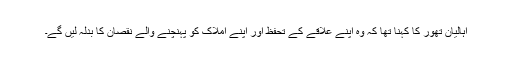
اہالیان تھور کا کہنا تھا کہ وہ اپنے علاقے کے تحفظ اور اپنے املاک کو پہنچنے والے نقصان کا بدلہ لیں گے۔